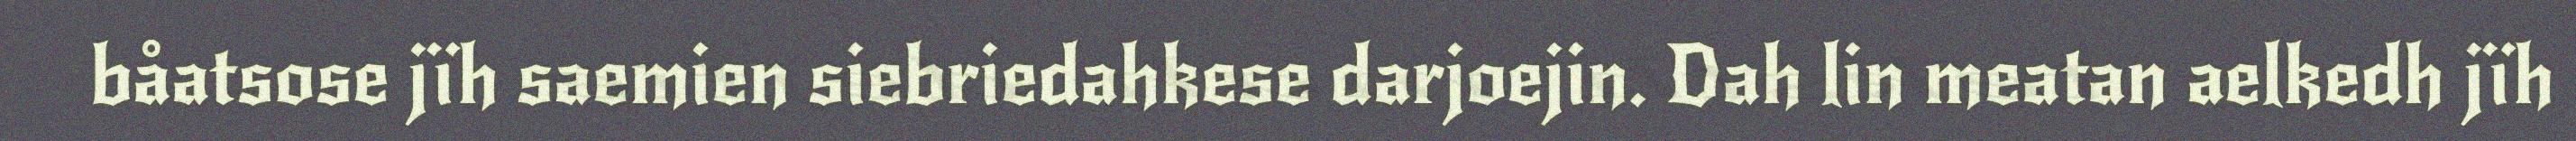
båatsose jïh saemien siebriedahkese darjoejin. Dah lin meatan aelkedh jïh